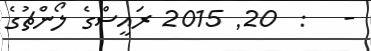
-   :  20